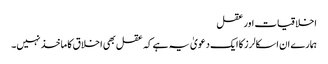
اخلاقیات اور عقل
ہمارے ان اسکالرز کا ایک دعویٰ یہ ہے کہ عقل بھی اخلاق کا ماخذ نہیں۔